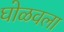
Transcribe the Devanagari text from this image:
घोळवला